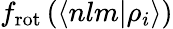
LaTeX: f_{\mathrm{rot}}\left(\langle nlm|\rho_{i}\rangle\right)